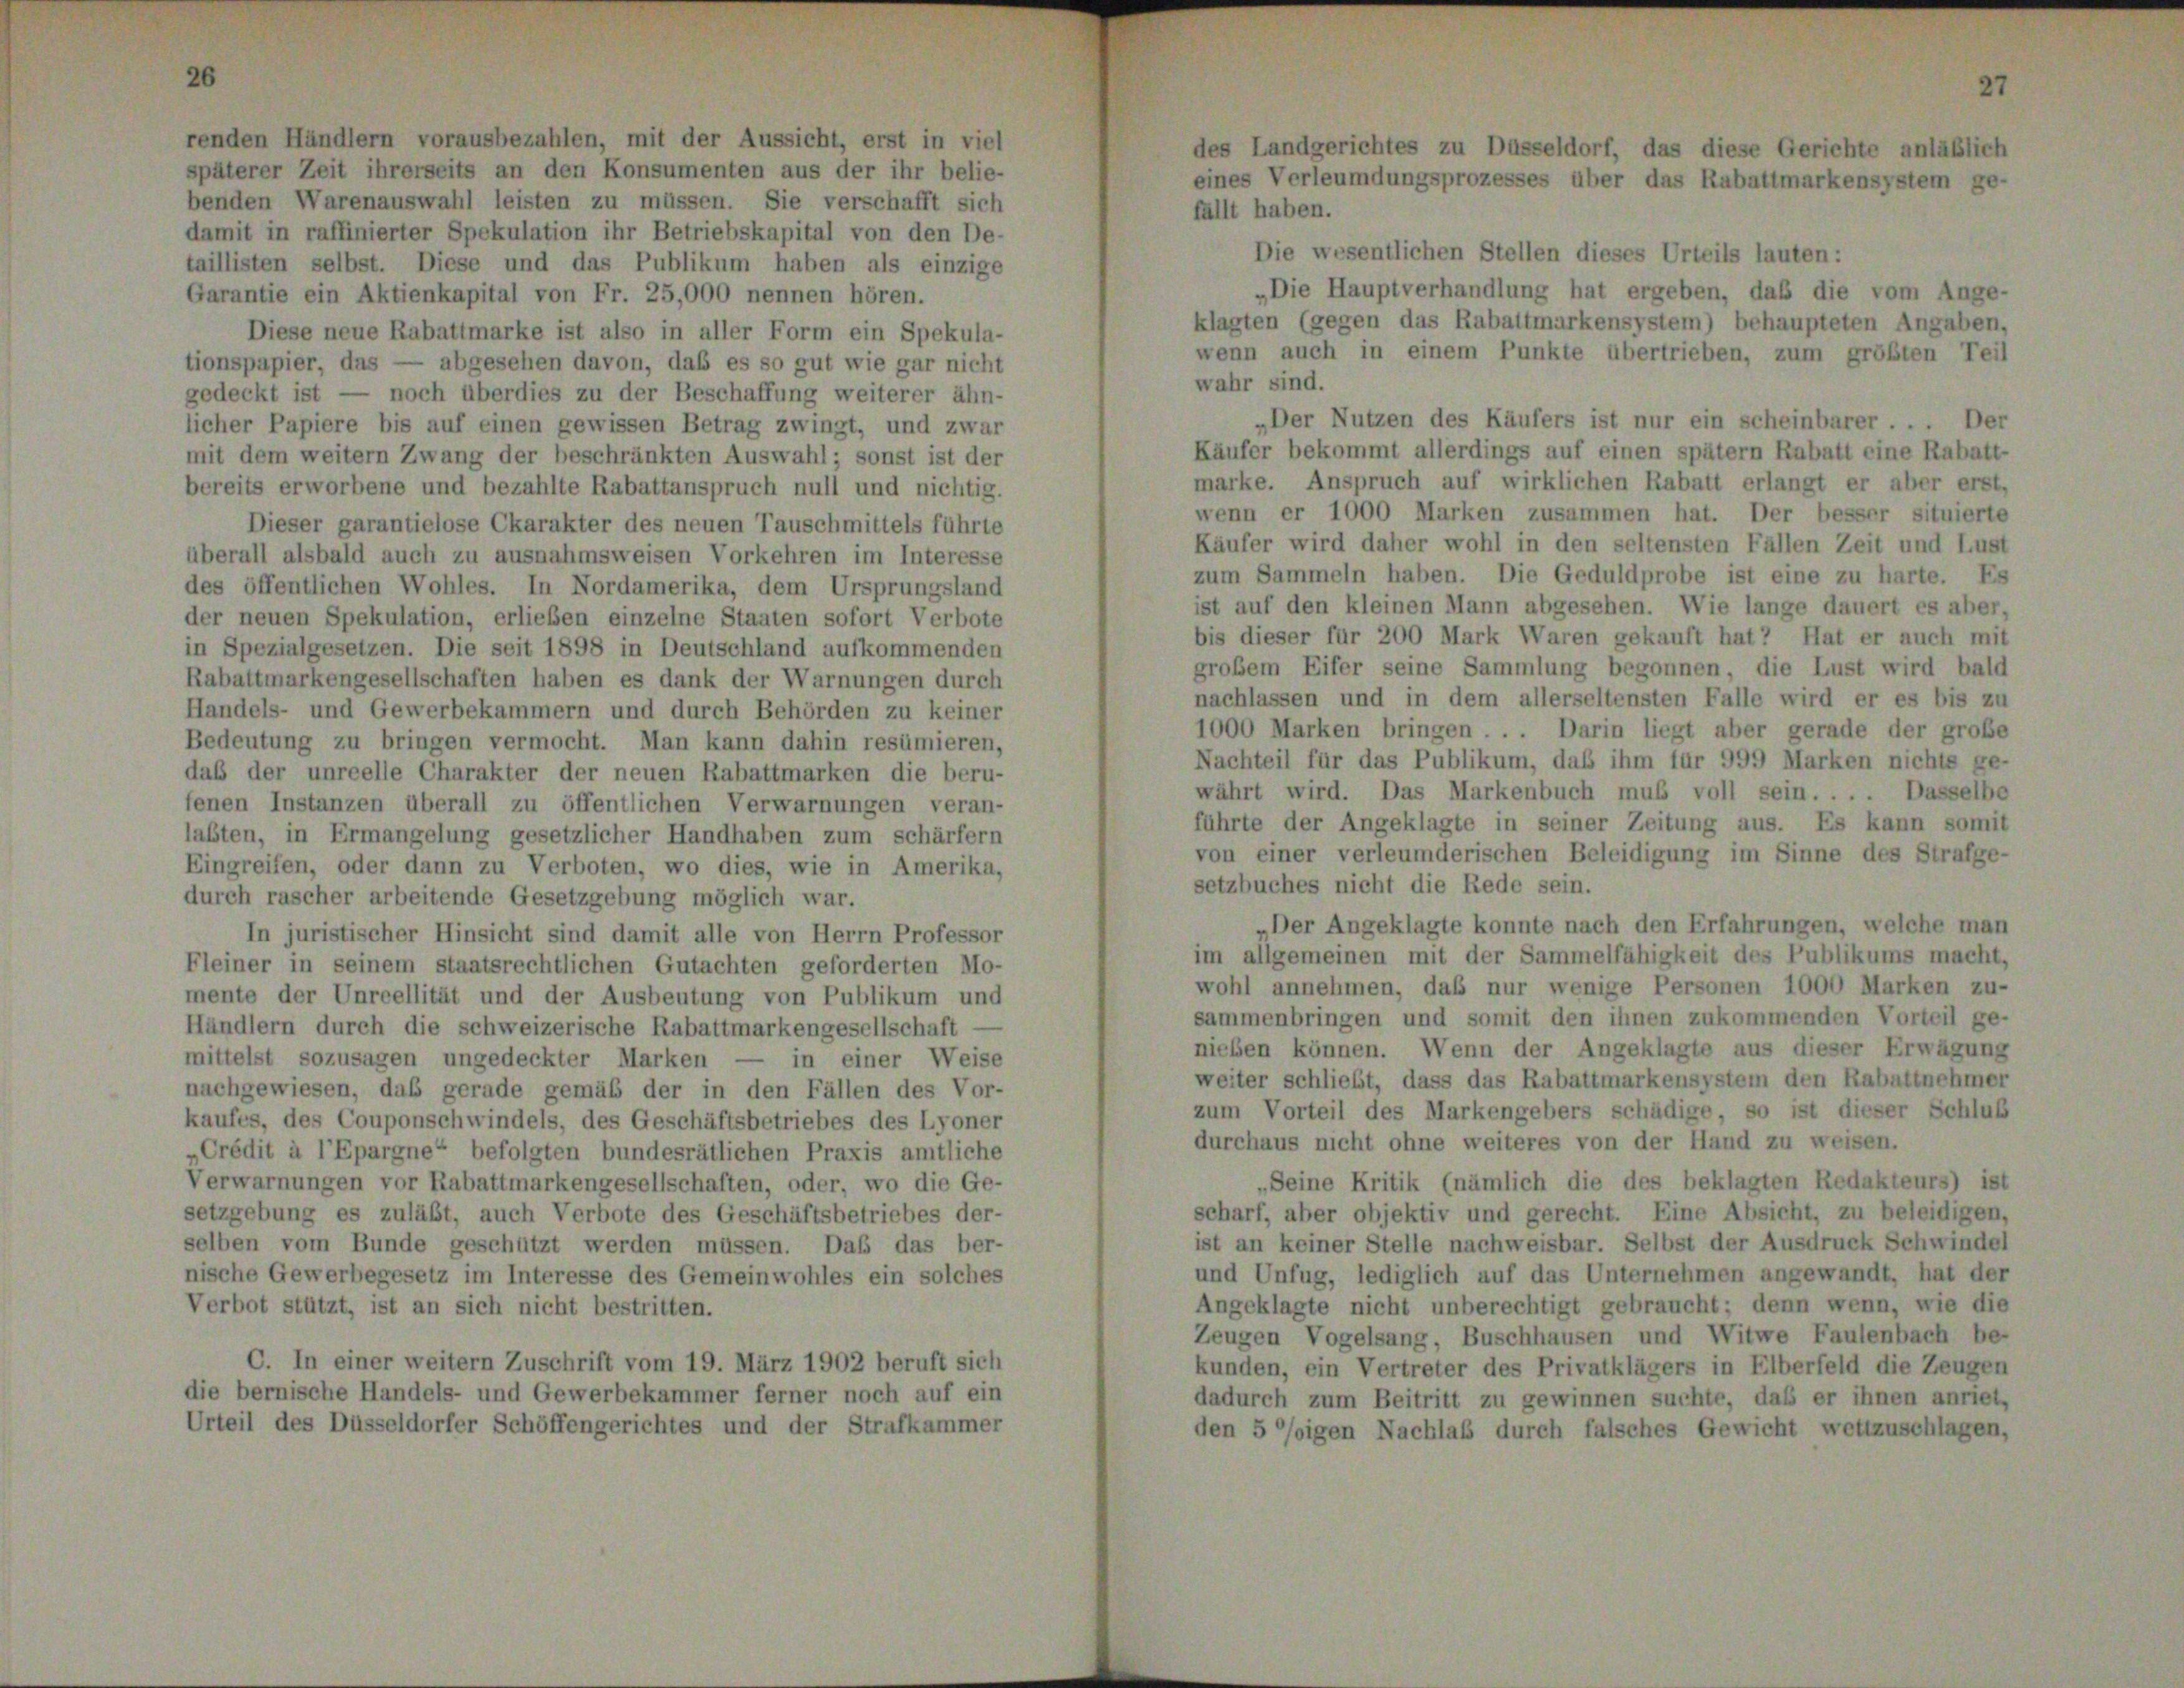
renden Händlern vorausbezahlen, mit der Aussicht, erst in viel
späterer Zeit ihrerseits an den Konsumenten aus der ihr belie-
benden Warenauswahl leisten zu müssen. Sie verschafft sich
fällt haben.
damit in raffinierter Spekulation ihr Betriebskapital von den De-
Die wesentlichen Stellen dieses Urteils lauten:
taillisten selbst. Diese und das Publikum haben als einzige
„Die Hauptverhandlung hat ergeben, daß die vom Ange-
Garantie ein Aktienkapital von Fr. 25,000 nennen hören.
klagten (gegen das Rabattmarkensystem) behaupteten Angaben,
Diese neue Rabattmarke ist also in aller Form ein Spekula-
wenn auch in einem Punkte übertrieben, zum größten Teil
tionspapier, das — abgesehen davon, daß es so gut wie gar nicht
wahr sind.
gedeckt ist — noch überdies zu der Beschaffung weiterer ähn-
„Der Nutzen des Käufers ist nur ein scheinbarer . . . Der
licher Papiere bis auf einen gewissen Betrag zwingt, und zwar
Käufer bekommt allerdings auf einen spätem Rabatt eine Rabatt-
mit dem weitern Zwang der beschränkten Auswahl; sonst ist der
marke. Anspruch auf wirklichen Rabatt erlangt er aber erst,
ereits erworbene und bezahlte Rabattanspruch null und nichtig.
wenn er 1000 Marken zusammen hat. Der besser situierte
Dieser garantielose Ckarakter des neuen Tauschmittels führte
Käufer wird daher wohl in den seltensten Fällen Zeit und Lust
überall alsbald auch zu ausnahmsweisen Vorkehren im Interesse
zum Sammeln haben. Die Geduldprobe ist eine zu harte. Es
des öffentlichen Wohles. In Nordamerika, dem Ursprungsland
ist auf den kleinen Mann abgesehen. Wie lange dauert es aber,
ler neuen Spekulation, erlieben einzelne Staaten sofort Verbote
bis dieser für 200 Mark Waren gekauft hat? Hat er auch mit
in Spezialgesetzen. Die seit 1898 in Deutschland aufkommenden
großem Eifer seine Sammlung begonnen, die Lust wird bald
Zabattmarkengesellschaften haben es dank der Warnungen durch
nachlassen und in dem allerseltensten Falle wird er es bis zu
Landels- und Gewerbekammern und durch Behörden zu keiner
1000 Marken bringen . . . Darin liegt aber gerade der große
Bedeutung zu bringen vermocht. Man kann dahin resümieren,
Nachteil für das Publikum, daß ihm für 999 Marken nichts ge-
laß der unreelle Charakter der neuen Rabattmarken die beru-
währt wird. Das Markenbuch muß voll sein. . . . Dasselbe
enen Instanzen überall zu öffentlichen Verwarnungen veran-
führte der Angeklagte in seiner Zeitung aus. Es kann somit
abten, in Ermangelung gesetzlicher Handhaben zum schärfern
von einer verleumderischen Beleidigung im Sinne des Strafge-
Eingreifen, oder dann zu Verboten, wo dies, wie in Amerika,
setzbuches nicht die Rede sein.
durch rascher arbeitende Gesetzgebung möglich war.
Der Angeklagte konnte nach den Erfahrungen, welche man
In juristischer Hinsicht sind damit alle von Herrn Professor
im allgemeinen mit der Sammelfähigkeit des Publikums macht,
Fleiner in seinem staatsrechtlichen Gutachten geforderten Mo-
wohl annehmen, daß nur wenige Personen 1000 Marken zu-
mente der Unreellität und der Ausbeutung von Publikum und
sammenbringen und somit den ihnen zukommenden Vorteil ge-
Händlern durch die schweizerische Rabattmarkengesellschaft -
nieben können. Wenn der Angeklagte aus dieser Erwägung
nittelst sozusagen ungedeckter Marken
in einer Weise
weiter schließt, dass das Rabattmarkensystem den Rabattnehmer
nachgewiesen, das gerade gemäß der in den Fällen des Vor-
zum Vorteil des Markengebers schädige, so ist dieser Schluß
kaufes, des Couponschwindels, des Geschäftsbetriebes des Lyoner
durchaus nicht ohne weiteres von der Hand zu weisen.
Crédit à l’Epargne“ befolgten bundesrätlichen Praxis amtliche
„Seine Kritik (nämlich die des beklagten Redakteurs) ist
Verwarnungen vor Rabattmarkengesellschaften, oder, wo die Ge-
scharf, aber objektiv und gerecht. Eine Absicht, zu beleidigen,
setzgebung es zuläßt, auch Verbote des Geschäftsbetriebes der-
ist an keiner Stelle nachweisbar. Selbst der Ausdruck Schwindel
selben vom Bunde geschützt werden müssen. Daß das ber-
und Unfug, lediglich auf das Unternehmen angewandt, hat der
rische Gewerbegesetz im Interesse des Gemeinwohles ein solches
Angeklagte nicht unberechtigt gebraucht; denn wenn, wie die
Verbot stützt, ist an sich nicht bestritten.
Zeugen Vogelsang, Buschhausen und Witwe Faulenbach be-
C. In einer weitern Zuschrift vom 19. März 1902 beruft sich
kunden, ein Vertreter des Privatklägers in Elberfeld die Zeugen
lie bernische Handels- und Gewerbekammer ferner noch auf ein
dadurch zum Beitritt zu gewinnen suchte, daß er ihnen anriet,
Urteil des Düsseldorfer Schöffengerichtes und der Strafkammer
den 5 °/oigen Nachlaß durch falsches Gewicht wettzuschlagen,

des Landgerichtes zu Düsseldorf, das diese Gerichte anläßlich
eines Verleumdungsprozesses über das Rabattmarkensystem ge-